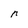
Character: n